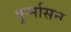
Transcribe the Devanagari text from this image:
कूर्मासन